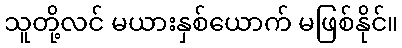
သူတို့လင် မယားနှစ်ယောက် မဖြစ်နိုင်။